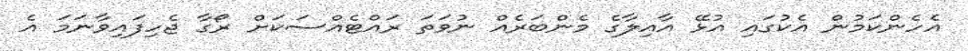
އެހެންކަމުން އެކުގައި އުޅޭ އާއިލާގެ މެންބަރެއް ނުވަތަ ރައްޓެއްސަކަށް ރޯގާ ޖެހިފައިވާނަމަ އެ